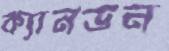
ক্যানডন